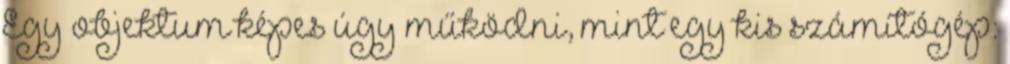
Egy objektum képes úgy működni, mint egy kis számítógép: